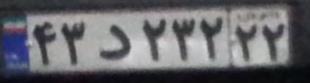
۴۲د۲۳۲۲۲